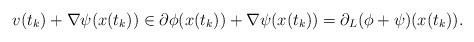
LaTeX: \begin{align*}v(t_k)+\nabla\psi(x(t_k))\in \partial \phi(x(t_k))+\nabla\psi(x(t_k))=\partial_L(\phi+\psi)(x(t_k)).\end{align*}